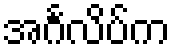
အင်္ဂလိပ်က